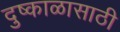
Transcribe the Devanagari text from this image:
दुष्काळासाठी